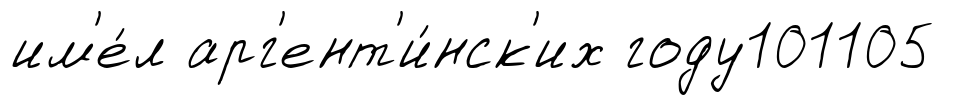
им'е́л арг'ент'и́нск'их году101105